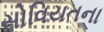
સોવિયતના